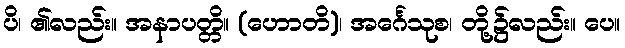
ပိ၊ ၏လည်း။ အနာပတ္တိ။ (ဟောတိ)၊ အင်္ဂေသုစ၊ တို့၌လည်း။ ပေ။